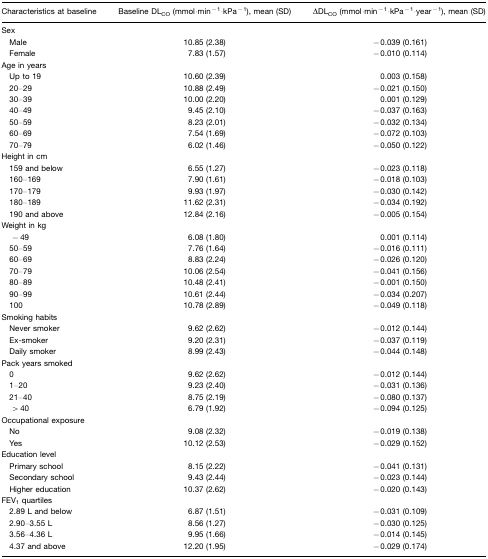
<table><thead><tr><td><b>Characteristics at baseline</b></td><td><b>Baseline DL<sub>CO</sub> (mmol·min<sup>−1</sup>·kPa<sup>−1</sup>), mean (SD)</b></td><td><b>ΔDL<sub>CO</sub> (mmol·min<sup>−1</sup>·kPa<sup>−1</sup>·year<sup>−1</sup>), mean (SD)</b></td></tr></thead><tbody><tr><td>Sex</td><td></td><td></td></tr><tr><td> Male</td><td>10.85 (2.38)</td><td>−0.039 (0.161)</td></tr><tr><td> Female</td><td>7.83 (1.57)</td><td>−0.010 (0.114)</td></tr><tr><td>Age in years</td><td></td><td></td></tr><tr><td> Up to 19</td><td>10.60 (2.39)</td><td>0.003 (0.158)</td></tr><tr><td> 20–29</td><td>10.88 (2.49)</td><td>−0.021 (0.150)</td></tr><tr><td> 30–39</td><td>10.00 (2.20)</td><td>0.001 (0.129)</td></tr><tr><td> 40–49</td><td>9.45 (2.10)</td><td>−0.037 (0.163)</td></tr><tr><td> 50–59</td><td>8.23 (2.01)</td><td>−0.032 (0.134)</td></tr><tr><td> 60–69</td><td>7.54 (1.69)</td><td>−0.072 (0.103)</td></tr><tr><td> 70–79</td><td>6.02 (1.46)</td><td>−0.050 (0.122)</td></tr><tr><td>Height in cm</td><td></td><td></td></tr><tr><td> 159 and below</td><td>6.55 (1.27)</td><td>−0.023 (0.118)</td></tr><tr><td> 160–169</td><td>7.90 (1.61)</td><td>−0.018 (0.103)</td></tr><tr><td> 170–179</td><td>9.93 (1.97)</td><td>−0.030 (0.142)</td></tr><tr><td> 180–189</td><td>11.62 (2.31)</td><td>−0.034 (0.192)</td></tr><tr><td> 190 and above</td><td>12.84 (2.16)</td><td>−0.005 (0.154)</td></tr><tr><td>Weight in kg</td><td></td><td></td></tr><tr><td>− 49</td><td>6.08 (1.80)</td><td>0.001 (0.114)</td></tr><tr><td> 50–59</td><td>7.76 (1.64)</td><td>−0.016 (0.111)</td></tr><tr><td> 60–69</td><td>8.83 (2.24)</td><td>−0.026 (0.120)</td></tr><tr><td> 70–79</td><td>10.06 (2.54)</td><td>−0.041 (0.156)</td></tr><tr><td> 80–89</td><td>10.48 (2.41)</td><td>−0.001 (0.150)</td></tr><tr><td> 90–99</td><td>10.61 (2.44)</td><td>−0.034 (0.207)</td></tr><tr><td> 100</td><td>10.78 (2.89)</td><td>−0.049 (0.118)</td></tr><tr><td>Smoking habits</td><td></td><td></td></tr><tr><td> Never smoker</td><td>9.62 (2.62)</td><td>−0.012 (0.144)</td></tr><tr><td> Ex-smoker</td><td>9.20 (2.31)</td><td>−0.037 (0.119)</td></tr><tr><td> Daily smoker</td><td>8.99 (2.43)</td><td>−0.044 (0.148)</td></tr><tr><td>Pack years smoked</td><td></td><td></td></tr><tr><td> 0</td><td>9.62 (2.62)</td><td>−0.012 (0.144)</td></tr><tr><td> 1–20</td><td>9.23 (2.40)</td><td>−0.031 (0.136)</td></tr><tr><td> 21–40</td><td>8.75 (2.19)</td><td>−0.080 (0.137)</td></tr><tr><td>&gt; 40</td><td>6.79 (1.92)</td><td>−0.094 (0.125)</td></tr><tr><td>Occupational exposure</td><td></td><td></td></tr><tr><td> No</td><td>9.08 (2.32)</td><td>−0.019 (0.138)</td></tr><tr><td> Yes</td><td>10.12 (2.53)</td><td>−0.029 (0.152)</td></tr><tr><td>Education level</td><td></td><td></td></tr><tr><td> Primary school</td><td>8.15 (2.22)</td><td>−0.041 (0.131)</td></tr><tr><td> Secondary school</td><td>9.43 (2.44)</td><td>−0.023 (0.144)</td></tr><tr><td> Higher education</td><td>10.37 (2.62)</td><td>−0.020 (0.143)</td></tr><tr><td>FEV<sub>1</sub> quartiles</td><td></td><td></td></tr><tr><td> 2.89 L and below</td><td>6.87 (1.51)</td><td>−0.031 (0.109)</td></tr><tr><td> 2.90–3.55 L</td><td>8.56 (1.27)</td><td>−0.030 (0.125)</td></tr><tr><td> 3.56–4.36 L</td><td>9.95 (1.66)</td><td>−0.014 (0.145)</td></tr><tr><td> 4.37 and above</td><td>12.20 (1.95)</td><td>−0.029 (0.174)</td></tr></tbody></table>